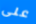
على